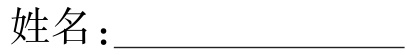
姓名：\underline{\qquad\qquad\qquad}